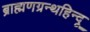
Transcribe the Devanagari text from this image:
ब्राह्मणग्रन्थहिन्दू